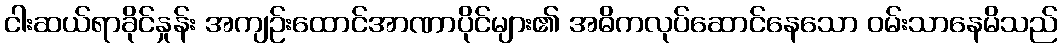
ငါးဆယ်ရာခိုင်နှုန်း အကျဉ်းထောင်အာဏာပိုင်များ၏ အဓိကလုပ်ဆောင်နေသော ဝမ်းသာနေမိသည်